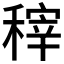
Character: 𮃟